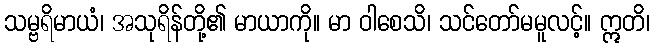
သမ္ဗရိမာယံ၊ အသုရိန်တို့၏ မာယာကို။ မာ ဝါစေသိ၊ သင်တော်မမူလင့်။ ဣတိ၊